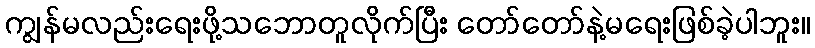
ကျွန်မလည်းရေးဖို့သဘောတူလိုက်ပြီး တော်တော်နဲ့မရေးဖြစ်ခဲ့ပါဘူး။